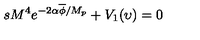
s M ^ { 4 } e ^ { - 2 \alpha \overline { { \phi } } / M _ { p } } + V _ { 1 } ( \upsilon ) = 0